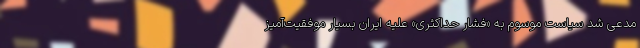
مدعی شد سیاست موسوم به «فشار حداکثری» علیه ایران بسیار موفقیت‌آمیز